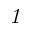
\mathit { 1 }